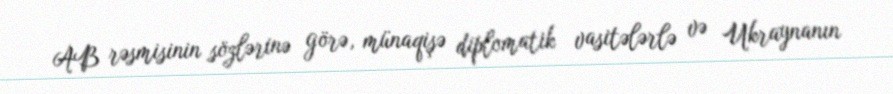
AB rəsmisinin sözlərinə görə, münaqişə diplomatik vasitələrlə və Ukraynanın